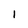
Character: 1